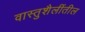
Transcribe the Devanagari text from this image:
वास्तुशैलींतील